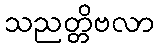
သညတ္တိဗလာ